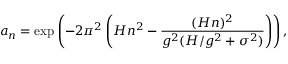
a _ { n } = \exp \left( - 2 \pi ^ { 2 } \left( H n ^ { 2 } - \frac { ( H n ) ^ { 2 } } { g ^ { 2 } ( H / g ^ { 2 } + \sigma ^ { 2 } ) } \right) \right) ,